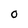
Character: O